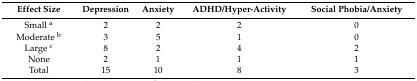
| Effect Size | Depression | Anxiety | ADHD/Hyper-Activity | Social Phobia/Anxiety |
 | --- | --- | --- | --- | --- |
 | Small a | 2 | 2 | 2 | 0 |
 | Moderate b | 3 | 5 | 1 | 0 |
 | Large c | 8 | 2 | 4 | 2 |
 | None | 2 | 1 | 1 | 1 |
 | Total | 15 | 10 | 8 | 3 |